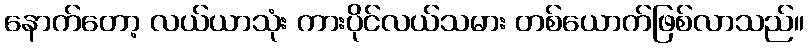
နောက်တော့ လယ်ယာသုံး ကားပိုင်လယ်သမား တစ်ယောက်ဖြစ်လာသည်။